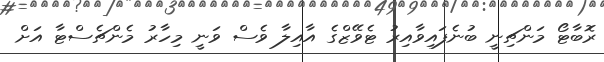
ރޮބާޓޯ މަންޗިނީ ބުނެފައިވާއިރު ޓެވޭޒްގެ އާއިލާ ވެސް ވަނީ މިހާރު މެންޗެސްޓާ އަށް